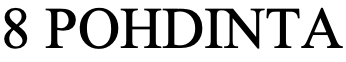
8 POHDINTA